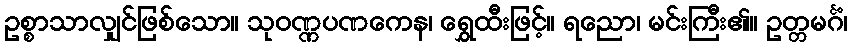
ဥစ္စာသာလျှင်ဖြစ်သော။ သုဝဏ္ဏပဏကေန၊ ရွှေထီးဖြင့်။ ရညော၊ မင်းကြီး၏။ ဥတ္တမင်္ဂံ၊